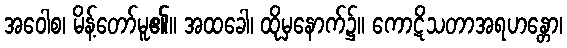
အဝေါစ၊ မိန့်တော်မူ၏။ အထခေါ၊ ထိုမှနောက်၌။ ကောဋိသတာအရဟန္တော၊